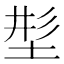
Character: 𡌒